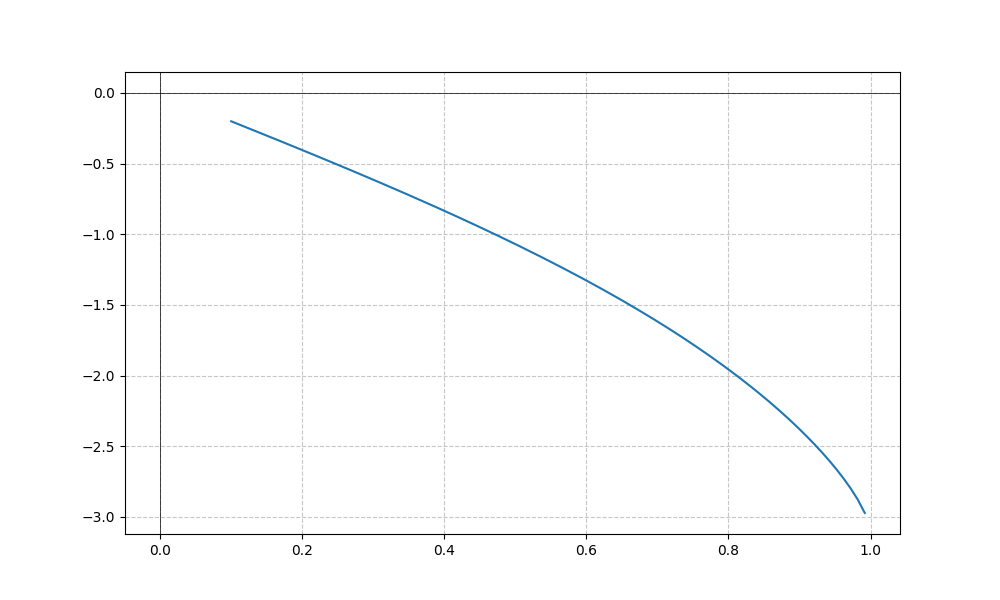
LaTeX formula: - \tan{\left(x \right)} - \operatorname{asin}{\left(x \right)}